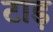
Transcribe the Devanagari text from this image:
टाड़